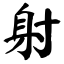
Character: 射